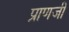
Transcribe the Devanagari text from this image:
प्राणजी